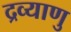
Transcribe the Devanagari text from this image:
द्रव्याणु